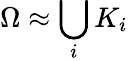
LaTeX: \Omega\approx\bigcup_{i}K_{i}